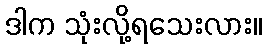
ဒါက သုံးလို့ရသေးလား။